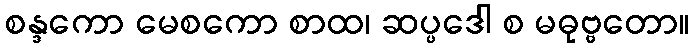
စန္ဒကော မေစကော စာထ၊ ဆပ္ပဒေါ စ မဓုဗ္ဗတော။